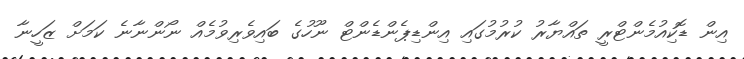
އިން ޑޮކިއުމެންޓްރީ ތައްޔާރު ކުރުމުގައި އިންޑިޕެންޑެންޓް ނޫހުގެ ބައިވެރިވުމެއް ނޯންނާނެ ކަމަށް ޒަހީނާ